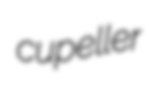
cupeller